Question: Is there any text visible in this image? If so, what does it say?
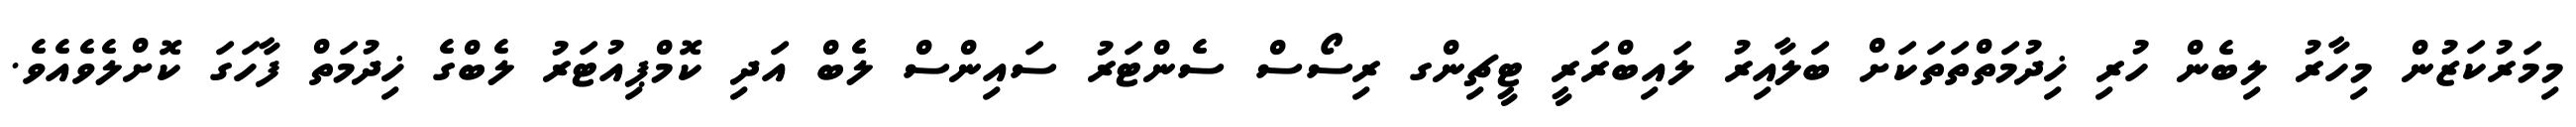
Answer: މިމަރުކަޒުން މިހާރު ލިބެން ހުރި ޚިދުމަތްތަތަކަށް ބަލާއިރު ލައިބްރަރީ ޓީޗިންގ ރިސޯސް ސެންޓަރު ސައިންސް ލެބް އަދި ކޮމްޕިއުޓަރު ލެބްގެ ޚިދުމަތް ފާހަގަ ކޮށްލެވެއެވެ.